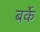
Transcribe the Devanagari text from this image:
बर्के